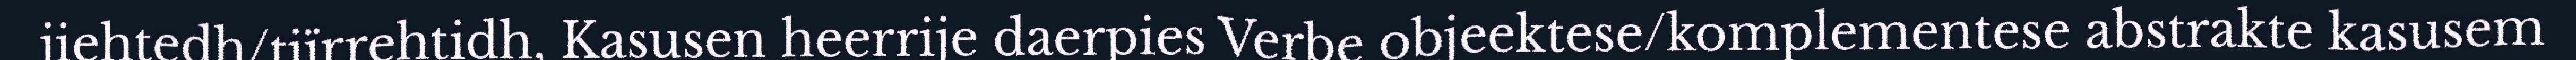
jiehtedh/tjïrrehtidh, Kasusen heerrije daerpies Verbe objeektese/komplementese abstrakte kasusem